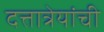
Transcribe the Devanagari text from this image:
दत्तात्रेयांची